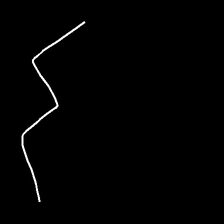
Glyph: crush